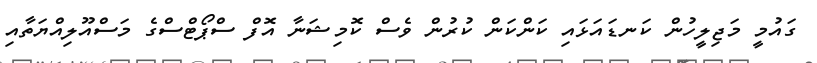
ގައުމީ މަޖިލީހުން ކަނޑައަޅައި ކަންކަން ކުރުން ވެސް ކޮމިޝަނާ އޮފް ސްޕޯޓްސްގެ މަސްއޫލިއްޔަތާއި